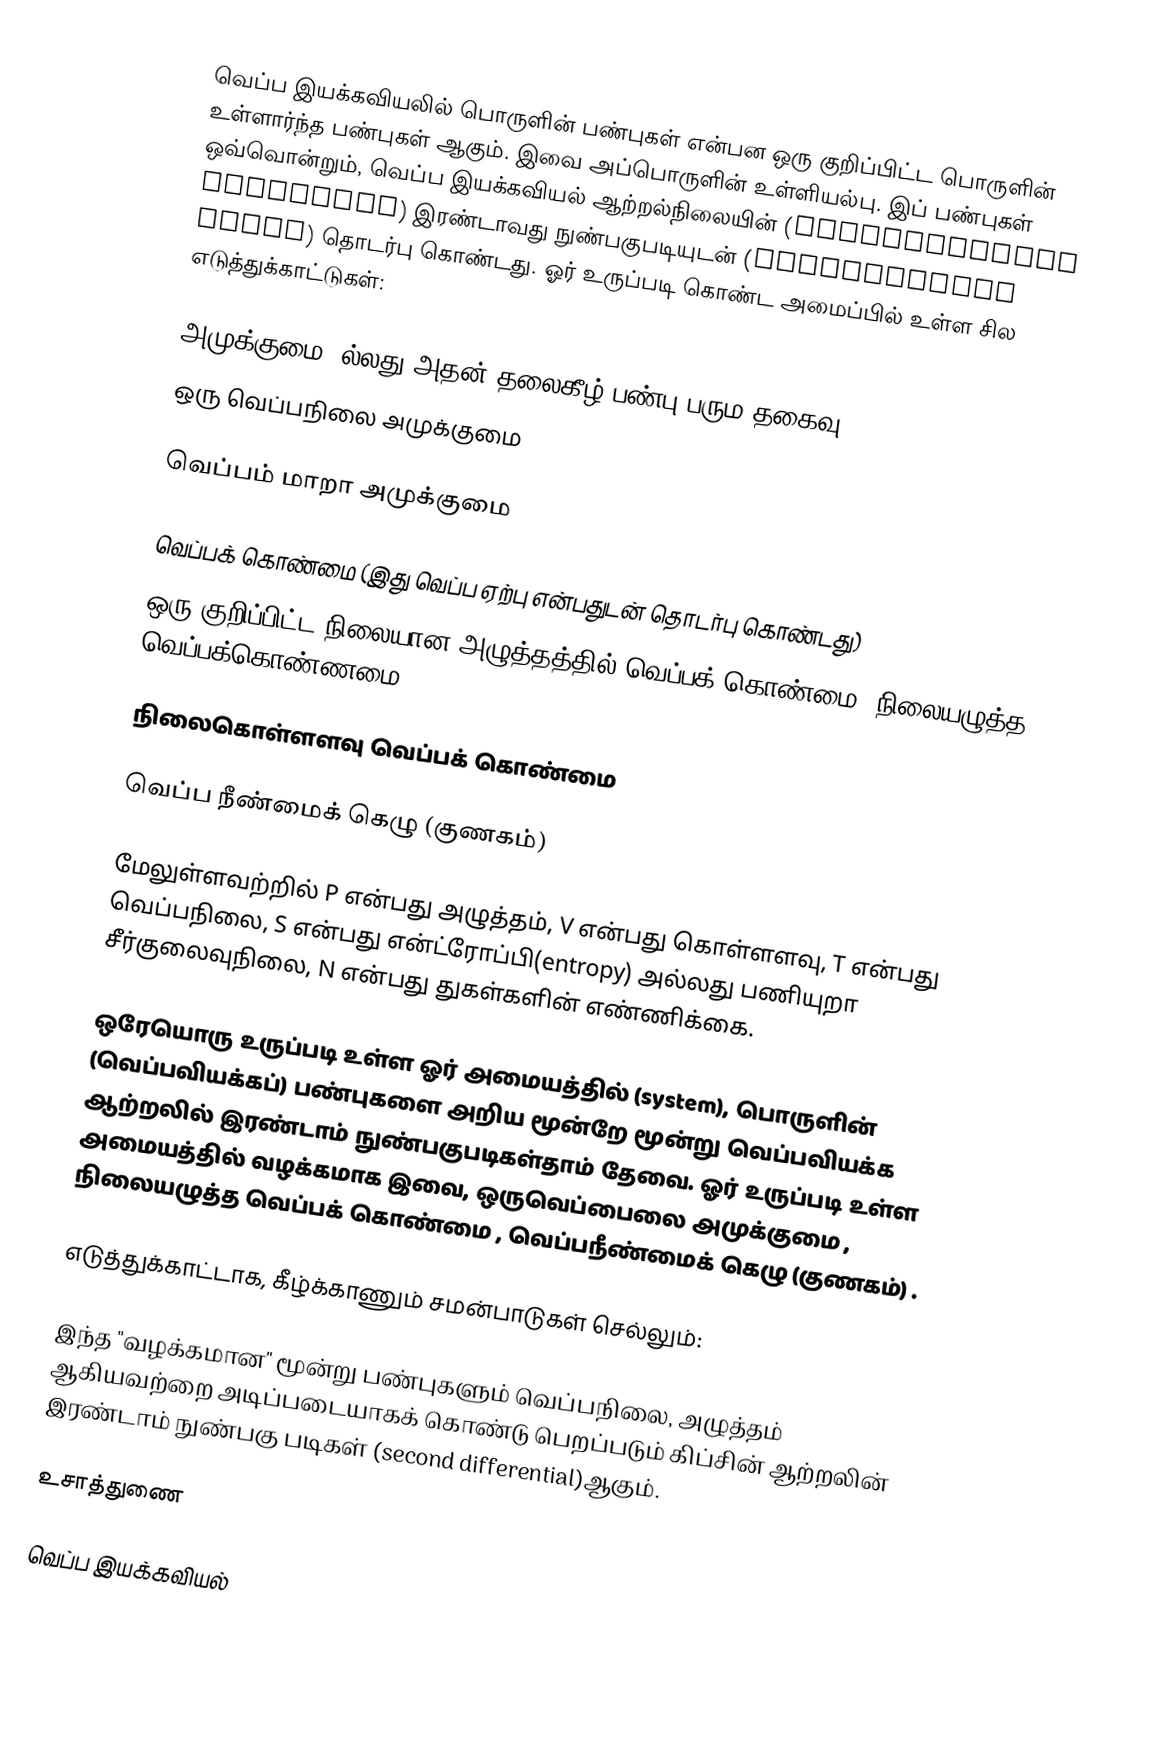
வெப்ப இயக்கவியலில் பொருளின் பண்புகள் என்பன ஒரு குறிப்பிட்ட பொருளின் உள்ளார்ந்த பண்புகள் ஆகும். இவை அப்பொருளின் உள்ளியல்பு. இப் பண்புகள் ஒவ்வொன்றும், வெப்ப இயக்கவியல் ஆற்றல்நிலையின் (thermodynamic potential) இரண்டாவது நுண்பகுபடியுடன் (differential order) தொடர்பு கொண்டது. ஓர் உருப்படி கொண்ட அமைப்பில் உள்ள சில எடுத்துக்காட்டுகள்:

 அமுக்குமை (ல்லது அதன் தலைகீழ் பண்பு பரும தகைவு)
 ஒரு வெப்பநிலை அமுக்குமை

 வெப்பம் மாறா அமுக்குமை

 வெப்பக் கொண்மை (இது வெப்ப ஏற்பு என்பதுடன் தொடர்பு கொண்டது)
 ஒரு குறிப்பிட்ட நிலையான அழுத்தத்தில் வெப்பக் கொண்மை (நிலையழுத்த வெப்பக்கொண்ணமை)

 நிலைகொள்ளளவு வெப்பக் கொண்மை

 வெப்ப நீண்மைக் கெழு (குணகம்)

மேலுள்ளவற்றில் P  என்பது அழுத்தம், V  என்பது கொள்ளளவு, T  என்பது வெப்பநிலை, S  என்பது  என்ட்ரோப்பி(entropy) அல்லது பணியுறா சீர்குலைவுநிலை,  N  என்பது துகள்களின் எண்ணிக்கை.

ஒரேயொரு உருப்படி உள்ள ஓர் அமையத்தில் (system), பொருளின் (வெப்பவியக்கப்) பண்புகளை அறிய மூன்றே மூன்று வெப்பவியக்க ஆற்றலில் இரண்டாம் நுண்பகுபடிகள்தாம் தேவை. ஓர் உருப்படி உள்ள அமையத்தில் வழக்கமாக இவை, ஒருவெப்பைலை அமுக்குமை , நிலையழுத்த வெப்பக் கொண்மை , வெப்பநீண்மைக் கெழு (குணகம்) .

எடுத்துக்காட்டாக, கீழ்க்காணும் சமன்பாடுகள் செல்லும்:

இந்த "வழக்கமான" மூன்று பண்புகளும் வெப்பநிலை, அழுத்தம் ஆகியவற்றை அடிப்படையாகக் கொண்டு பெறப்படும் கிப்சின் ஆற்றலின் இரண்டாம் நுண்பகு படிகள் (second differential)ஆகும்.

உசாத்துணை

வெப்ப இயக்கவியல்